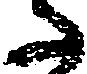
た